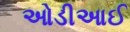
ઓડીઆઈ